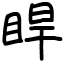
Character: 睅